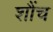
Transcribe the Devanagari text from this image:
शौंच